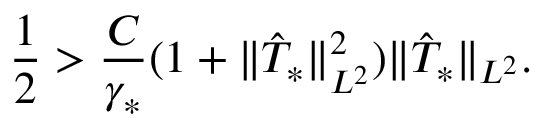
\frac { 1 } { 2 } > \frac { C } { \gamma _ { * } } ( 1 + \Vert \hat { T } _ { * } \Vert _ { L ^ { 2 } } ^ { 2 } ) \Vert \hat { T } _ { * } \Vert _ { L ^ { 2 } } .